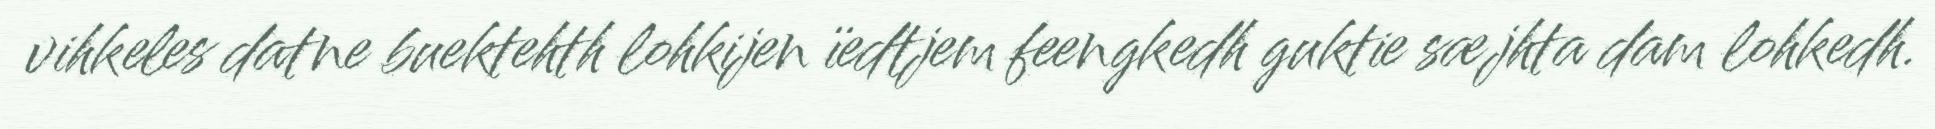
vihkeles datne buektehth lohkijen ïedtjem feengkedh guktie sæjhta dam lohkedh.